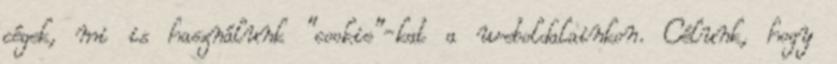
cégek, mi is használunk "cookie"-kat a weboldalainkon. Célunk, hogy